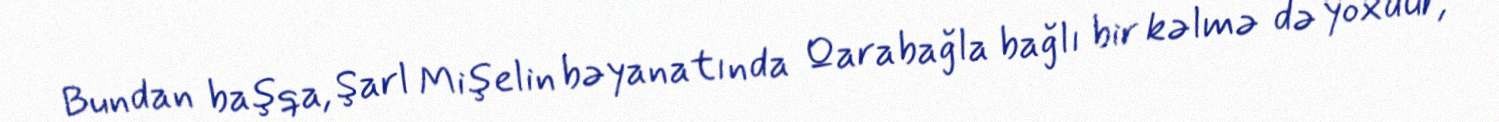
Bundan başqa, Şarl Mişelin bəyanatında Qarabağla bağlı bir kəlmə də yoxdur,